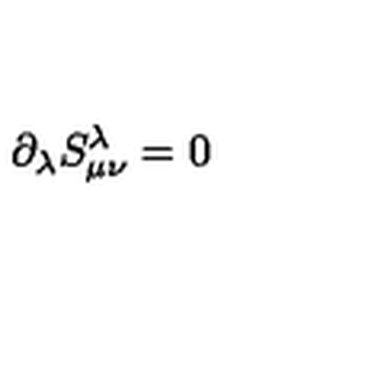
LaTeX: { \partial } _ { \lambda } S _ { { \mu } { \nu } } ^ { \lambda } = 0